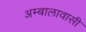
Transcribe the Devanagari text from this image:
अम्बालावासी